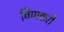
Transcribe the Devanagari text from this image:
विणकरी